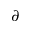
\partial